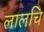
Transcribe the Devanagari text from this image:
लालचि